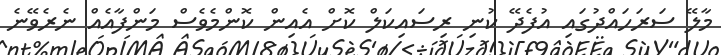
މާލޭ ސަރަހައްދުގައި އުފެދޭ ކުނި ރިސައިކަލް ކޮށް އެއިން ކޮންމެވެސް މަންފާއެއް ނެރެވޭނެ